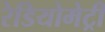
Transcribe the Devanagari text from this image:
रेडियोमेट्री